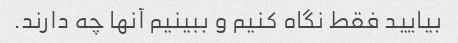
بیایید فقط نگاه کنیم و ببینیم آنها چه دارند.